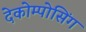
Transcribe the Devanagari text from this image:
देकोम्पोसिंग